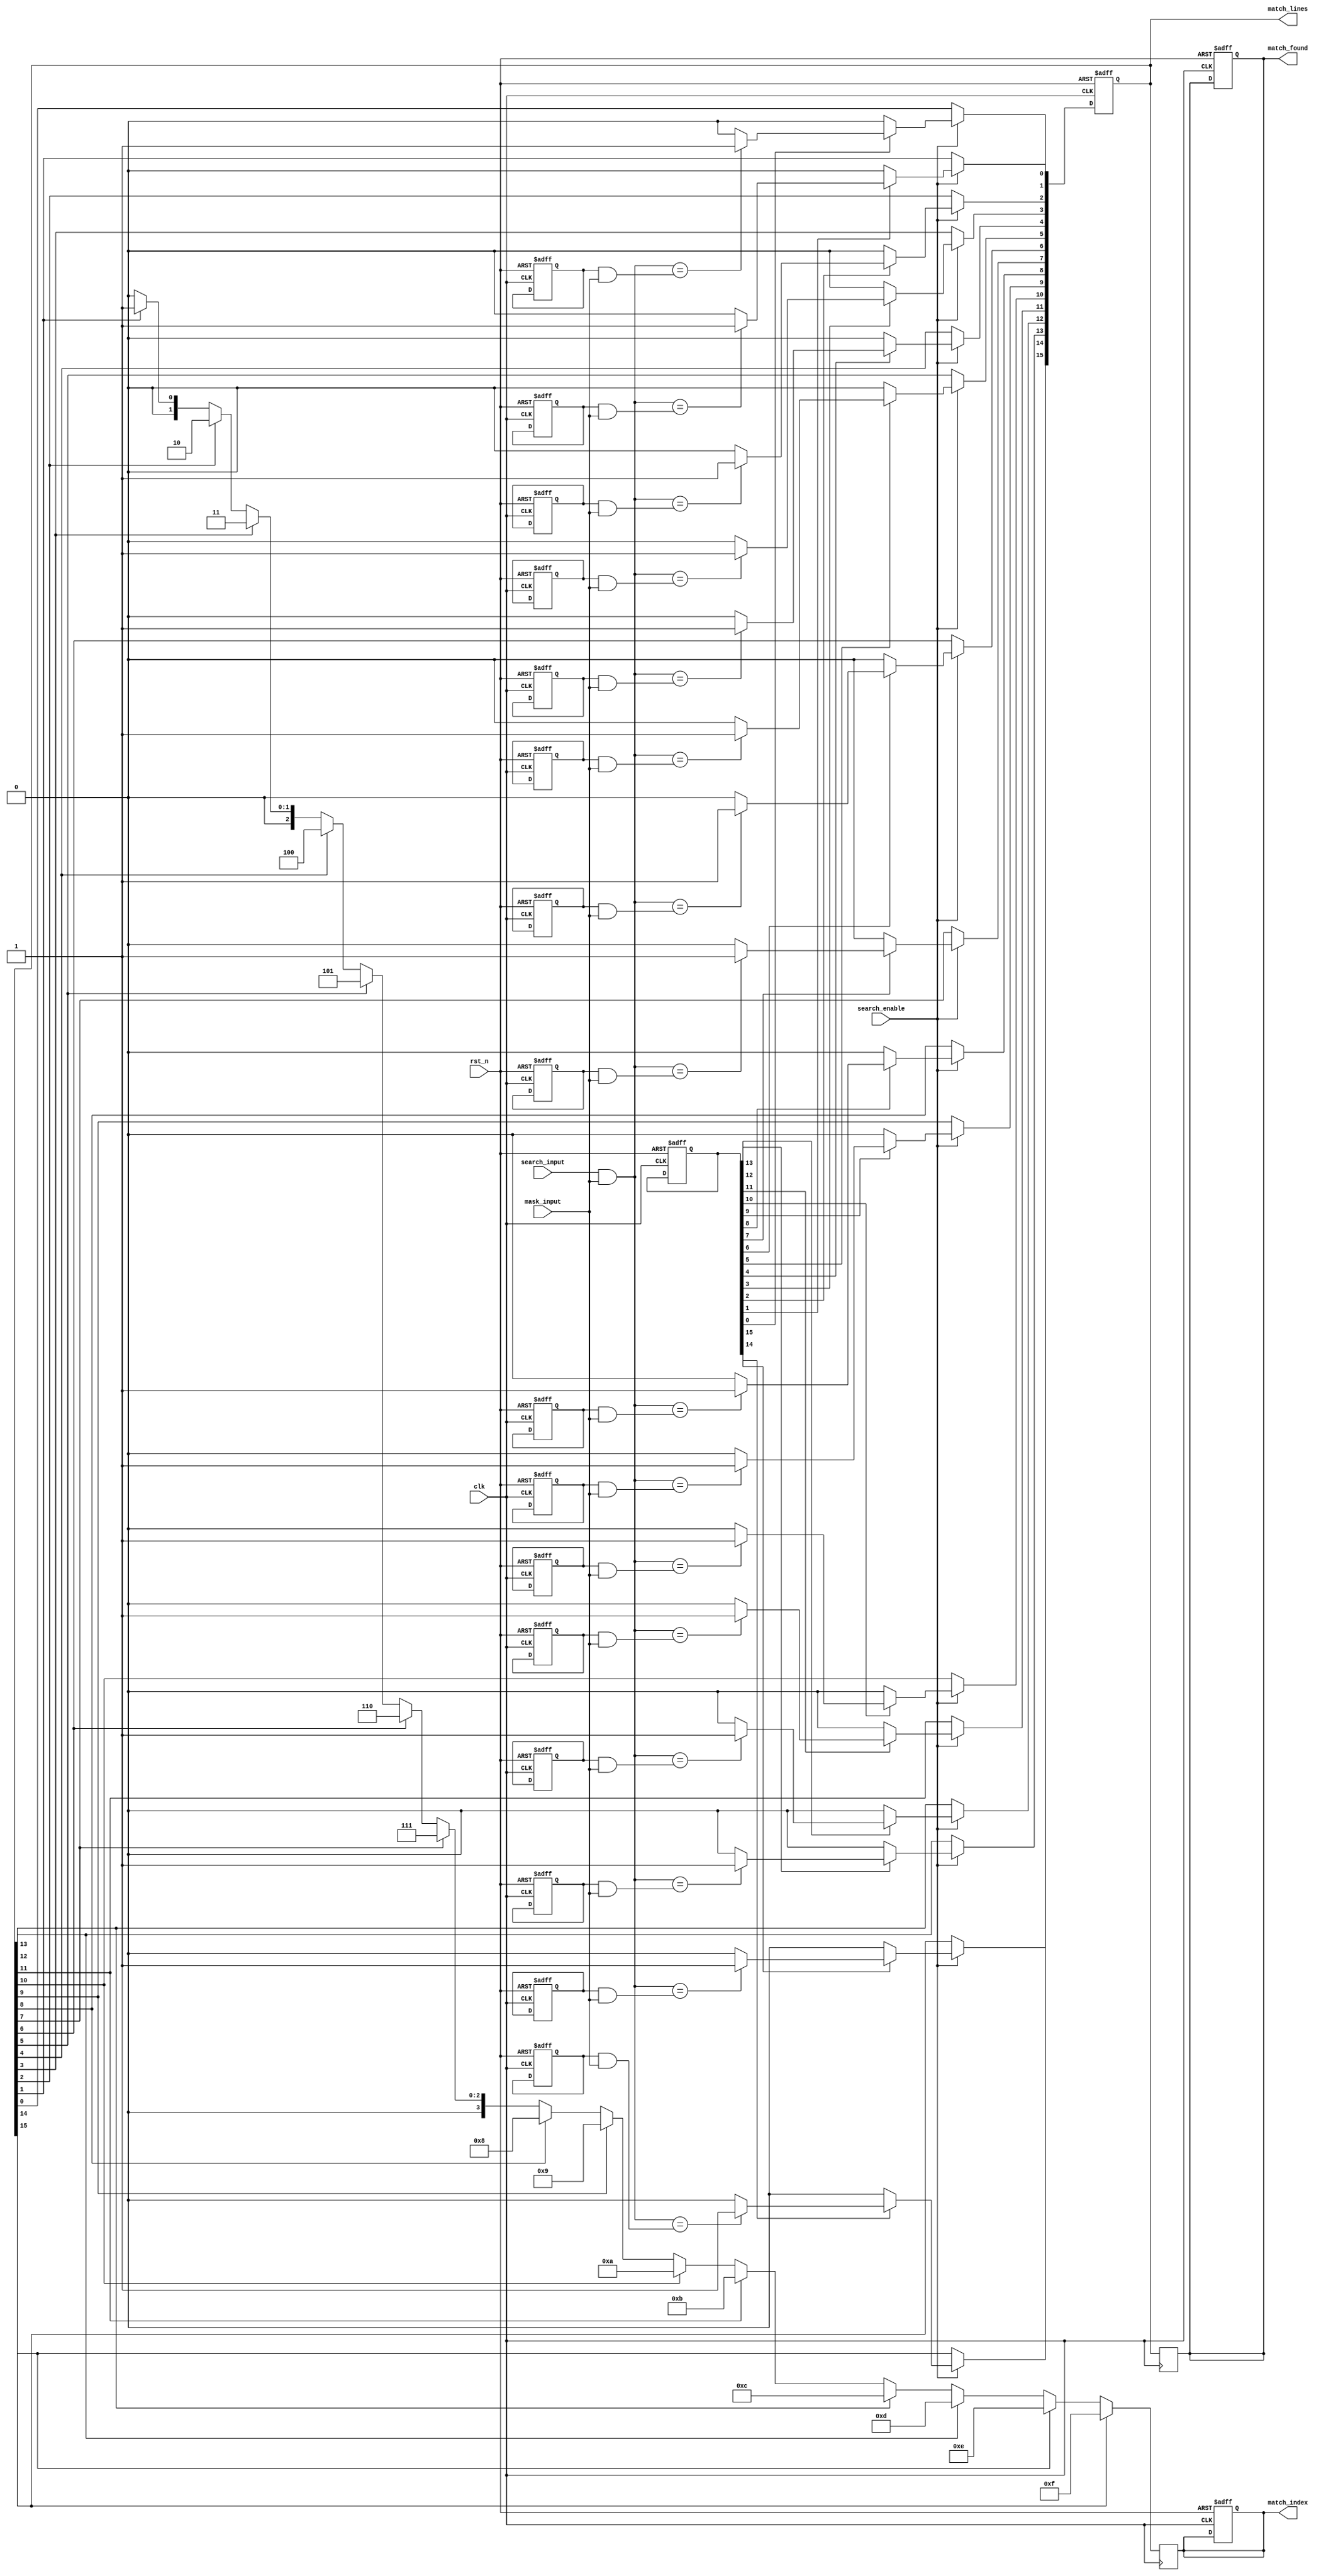
module column_based_cam #(
    parameter NUM_ROWS = 16,  // Number of entries in the CAM
    parameter DATA_WIDTH = 8   // Width of each entry in bits
)(
    input wire clk,
    input wire rst_n,
    input wire [DATA_WIDTH-1:0] search_input,
    input wire [DATA_WIDTH-1:0] mask_input,
    input wire search_enable,
    output reg [NUM_ROWS-1:0] match_lines,
    output reg [NUM_ROWS-1:0] match_found,
    output reg [3:0] match_index // Assuming NUM_ROWS <= 16
);

// Memory cells: Each cell has a valid bit and a data bit
reg [DATA_WIDTH-1:0] memory [0:NUM_ROWS-1]; // Memory to store data
reg [NUM_ROWS-1:0] valid; // Valid bits for each row

// Initialize memory and valid bits
integer i;
always @(posedge clk or negedge rst_n) begin
    if (!rst_n) begin
        for (i = 0; i < NUM_ROWS; i = i + 1) begin
            memory[i] <= 0;
            valid[i] <= 0;
        end
        match_lines <= 0;
        match_found <= 0;
        match_index <= 0;
    end else begin
        if (search_enable) begin
            match_lines <= 0;
            for (i = 0; i < NUM_ROWS; i = i + 1) begin
                if (valid[i]) begin
                    // Compare with mask
                    if ((search_input & mask_input) == (memory[i] & mask_input)) begin
                        match_lines[i] <= 1;
                    end
                end
            end
        end
    end
end

// Match detection and priority encoding
always @(posedge clk) begin
    match_found <= match_lines;
    match_index <= 0; // Default to zero
    for (i = 0; i < NUM_ROWS; i = i + 1) begin
        if (match_lines[i]) begin
            match_index <= i; // Update to the highest priority match (lowest index)
        end
    end
end

// Write operation (for demonstration purposes)
task write_entry(input [DATA_WIDTH-1:0] data, input valid_bit, input [3:0] index);
    begin
        if (index < NUM_ROWS) begin
            memory[index] <= data;
            valid[index] <= valid_bit;
        end
    end
endtask

endmodule